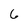
Character: 6